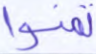
تمنوا